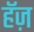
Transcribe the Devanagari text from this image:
हॅज़